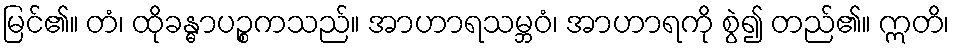
မြင်၏။ တံ၊ ထိုခန္ဓာပဉ္စကသည်။ အာဟာရသမ္ဘဝံ၊ အာဟာရကို စွဲ၍ တည်၏။ ဣတိ၊